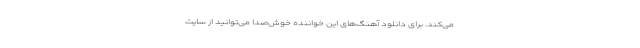
می‌کند. برای دانلود آهنگ‌های این خواننده خوش‌صدا می‌توانید از سایت